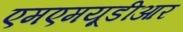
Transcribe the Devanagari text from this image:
एमएमयूडीआर